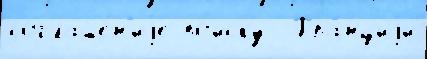
соглаше́н'иjе по́иску  Фра́нциjи